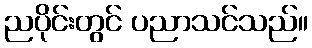
ညပိုင်းတွင် ပညာသင်သည်။